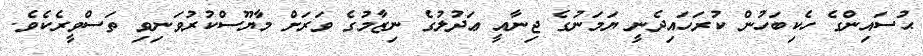
ޙުސައިންގެ ހެކިބަހުން ކުރަހައިދެނީ ޔަމަނުގެ ޖިނާއީ ޢަދުލުގެ ނިޒާމުގެ ވަރަށް މާޔޫސްކުރުވަނިވި ތަސްވީރެކެވެ.